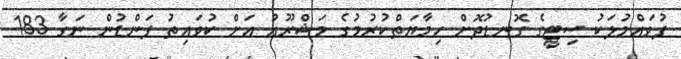
ފުވައްމުލަކު ސިޓީގެ ގޮނޑުދޮށް ހިމާޔަތްކުރުމުގެ މަޝްރޫއު އަށް ކުވައިތު ފަންޑުން ނަގާ 183